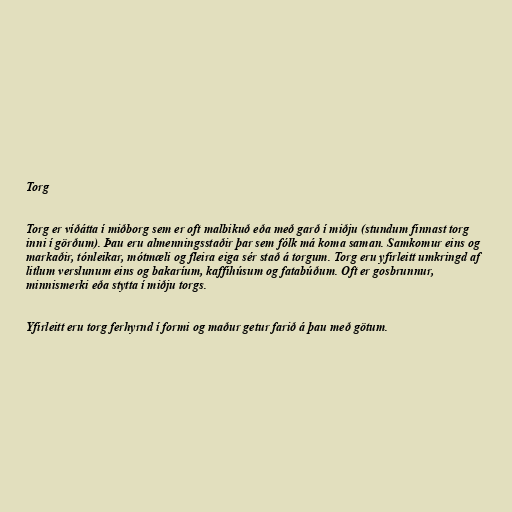
Torg

Torg er víðátta í miðborg sem er oft malbikuð eða með garð í miðju (stundum finnast torg
inni í görðum). Þau eru almenningsstaðir þar sem fólk má koma saman. Samkomur eins og
markaðir, tónleikar, mótmæli og fleira eiga sér stað á torgum. Torg eru yfirleitt umkringd af
litlum verslunum eins og bakaríum, kaffihúsum og fatabúðum. Oft er gosbrunnur,
minnismerki eða stytta í miðju torgs.

Yfirleitt eru torg ferhyrnd í formi og maður getur farið á þau með götum.